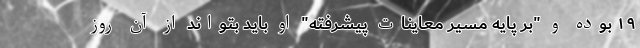
۱۹ بوده و "بر پایه مسیر معاینات پیشرفته" او باید بتواند از آن روز